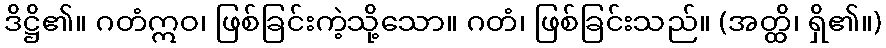
ဒိဋ္ဌိ၏။ ဂတံဣဝ၊ ဖြစ်ခြင်းကဲ့သို့သော။ ဂတံ၊ ဖြစ်ခြင်းသည်။ (အတ္ထိ၊ ရှိ၏။)